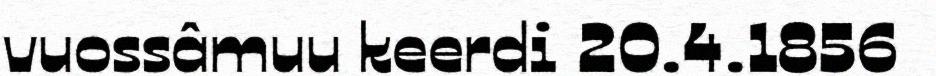
vuossâmuu keerdi 20.4.1856